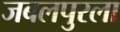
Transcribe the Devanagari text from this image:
जबलपुरला